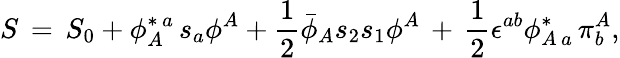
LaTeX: S\, =\, S_{0}+\phi_{A}^{\ast\, a}\, s_{a}\phi^{A}+{\frac{1}{2}}{\bar{\phi}}_{A}s_{2}s_{1}\phi^{A}\, +\, {\frac{1}{2}}\epsilon^{ab}\phi_{A\, a}^{\ast}\, \pi_{b}^{A},